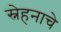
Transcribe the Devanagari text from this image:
स्नेहनाचे